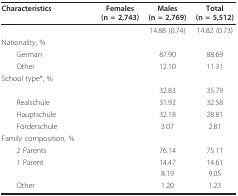
<table><thead><tr><td><b>Characteristics</b></td><td><b>Females(n = 2,743)</b></td><td><b>Males(n = 2,769)</b></td><td><b>Total(n = 5,512)</b></td></tr></thead><tbody><tr><td>[EMPTY_CELL]</td><td>[EMPTY_CELL]</td><td>14.88 (0.74)</td><td>14.82 (0.73)</td></tr><tr><td>Nationality, %</td><td>[EMPTY_CELL]</td><td>[EMPTY_CELL]</td><td>[EMPTY_CELL]</td></tr><tr><td> German</td><td>[EMPTY_CELL]</td><td>87.90</td><td>88.69</td></tr><tr><td> Other</td><td>[EMPTY_CELL]</td><td>12.10</td><td>11.31</td></tr><tr><td>School type*, %</td><td>[EMPTY_CELL]</td><td>[EMPTY_CELL]</td><td>[EMPTY_CELL]</td></tr><tr><td>[EMPTY_CELL]</td><td>[EMPTY_CELL]</td><td>32.83</td><td>35.79</td></tr><tr><td> Realschule</td><td>[EMPTY_CELL]</td><td>31.92</td><td>32.58</td></tr><tr><td> Hauptschule</td><td>[EMPTY_CELL]</td><td>32.18</td><td>28.81</td></tr><tr><td> Förderschule</td><td>[EMPTY_CELL]</td><td>3.07</td><td>2.81</td></tr><tr><td>Family composition, %</td><td>[EMPTY_CELL]</td><td>[EMPTY_CELL]</td><td>[EMPTY_CELL]</td></tr><tr><td> 2 Parents</td><td>[EMPTY_CELL]</td><td>76.14</td><td>75.11</td></tr><tr><td> 1 Parent</td><td>[EMPTY_CELL]</td><td>14.47</td><td>14.61</td></tr><tr><td>[EMPTY_CELL]</td><td>[EMPTY_CELL]</td><td>8.19</td><td>9.05</td></tr><tr><td> Other</td><td>[EMPTY_CELL]</td><td>1.20</td><td>1.23</td></tr></tbody></table>